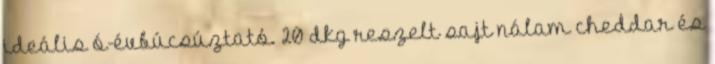
ideális ó-évbúcsúztató. 20 dkg reszelt sajt nálam cheddar és